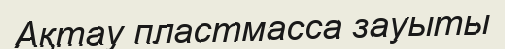
Ақтау пластмасса зауыты